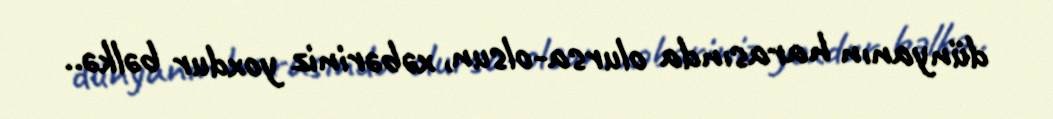
dünyanın harasında olursa-olsun, xəbəriniz yoxdur bəlkə..